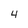
Character: 4